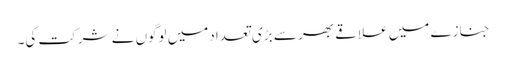
جنازے میں علاقے بھر سے بڑی تعدادمیں لوگوں نے شرکت کی۔